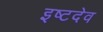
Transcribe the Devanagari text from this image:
इष्‍टदेव